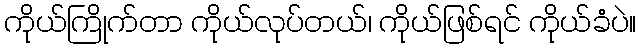
ကိုယ်ကြိုက်တာ ကိုယ်လုပ်တယ်၊ ကိုယ်ဖြစ်ရင် ကိုယ်ခံပဲ။